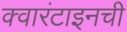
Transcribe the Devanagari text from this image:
क्वारंटाइनची